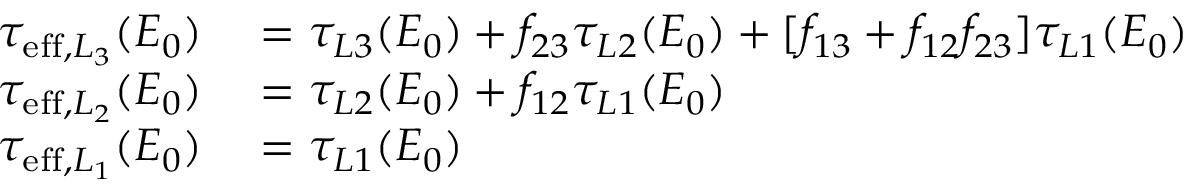
\begin{array} { r l } { \tau _ { \mathrm { e f f } , L _ { 3 } } ( E _ { 0 } ) } & { { } = \tau _ { L 3 } ( E _ { 0 } ) + f _ { 2 3 } \tau _ { L 2 } ( E _ { 0 } ) + [ f _ { 1 3 } + f _ { 1 2 } f _ { 2 3 } ] \tau _ { L 1 } ( E _ { 0 } ) } \\ { \tau _ { \mathrm { e f f } , L _ { 2 } } ( E _ { 0 } ) } & { { } = \tau _ { L 2 } ( E _ { 0 } ) + f _ { 1 2 } \tau _ { L 1 } ( E _ { 0 } ) } \\ { \tau _ { \mathrm { e f f } , L _ { 1 } } ( E _ { 0 } ) } & { { } = \tau _ { L 1 } ( E _ { 0 } ) } \end{array}